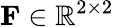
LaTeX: \mathbf{F}\in\mathbb{R}^{2\times 2}